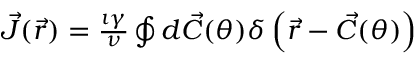
\begin{array} { r } { \vec { J } ( \vec { r } ) = \frac { \imath \gamma } { \nu } \oint d \vec { C } ( \theta ) \delta \left( \vec { r } - \vec { C } ( \theta ) \right) } \end{array}